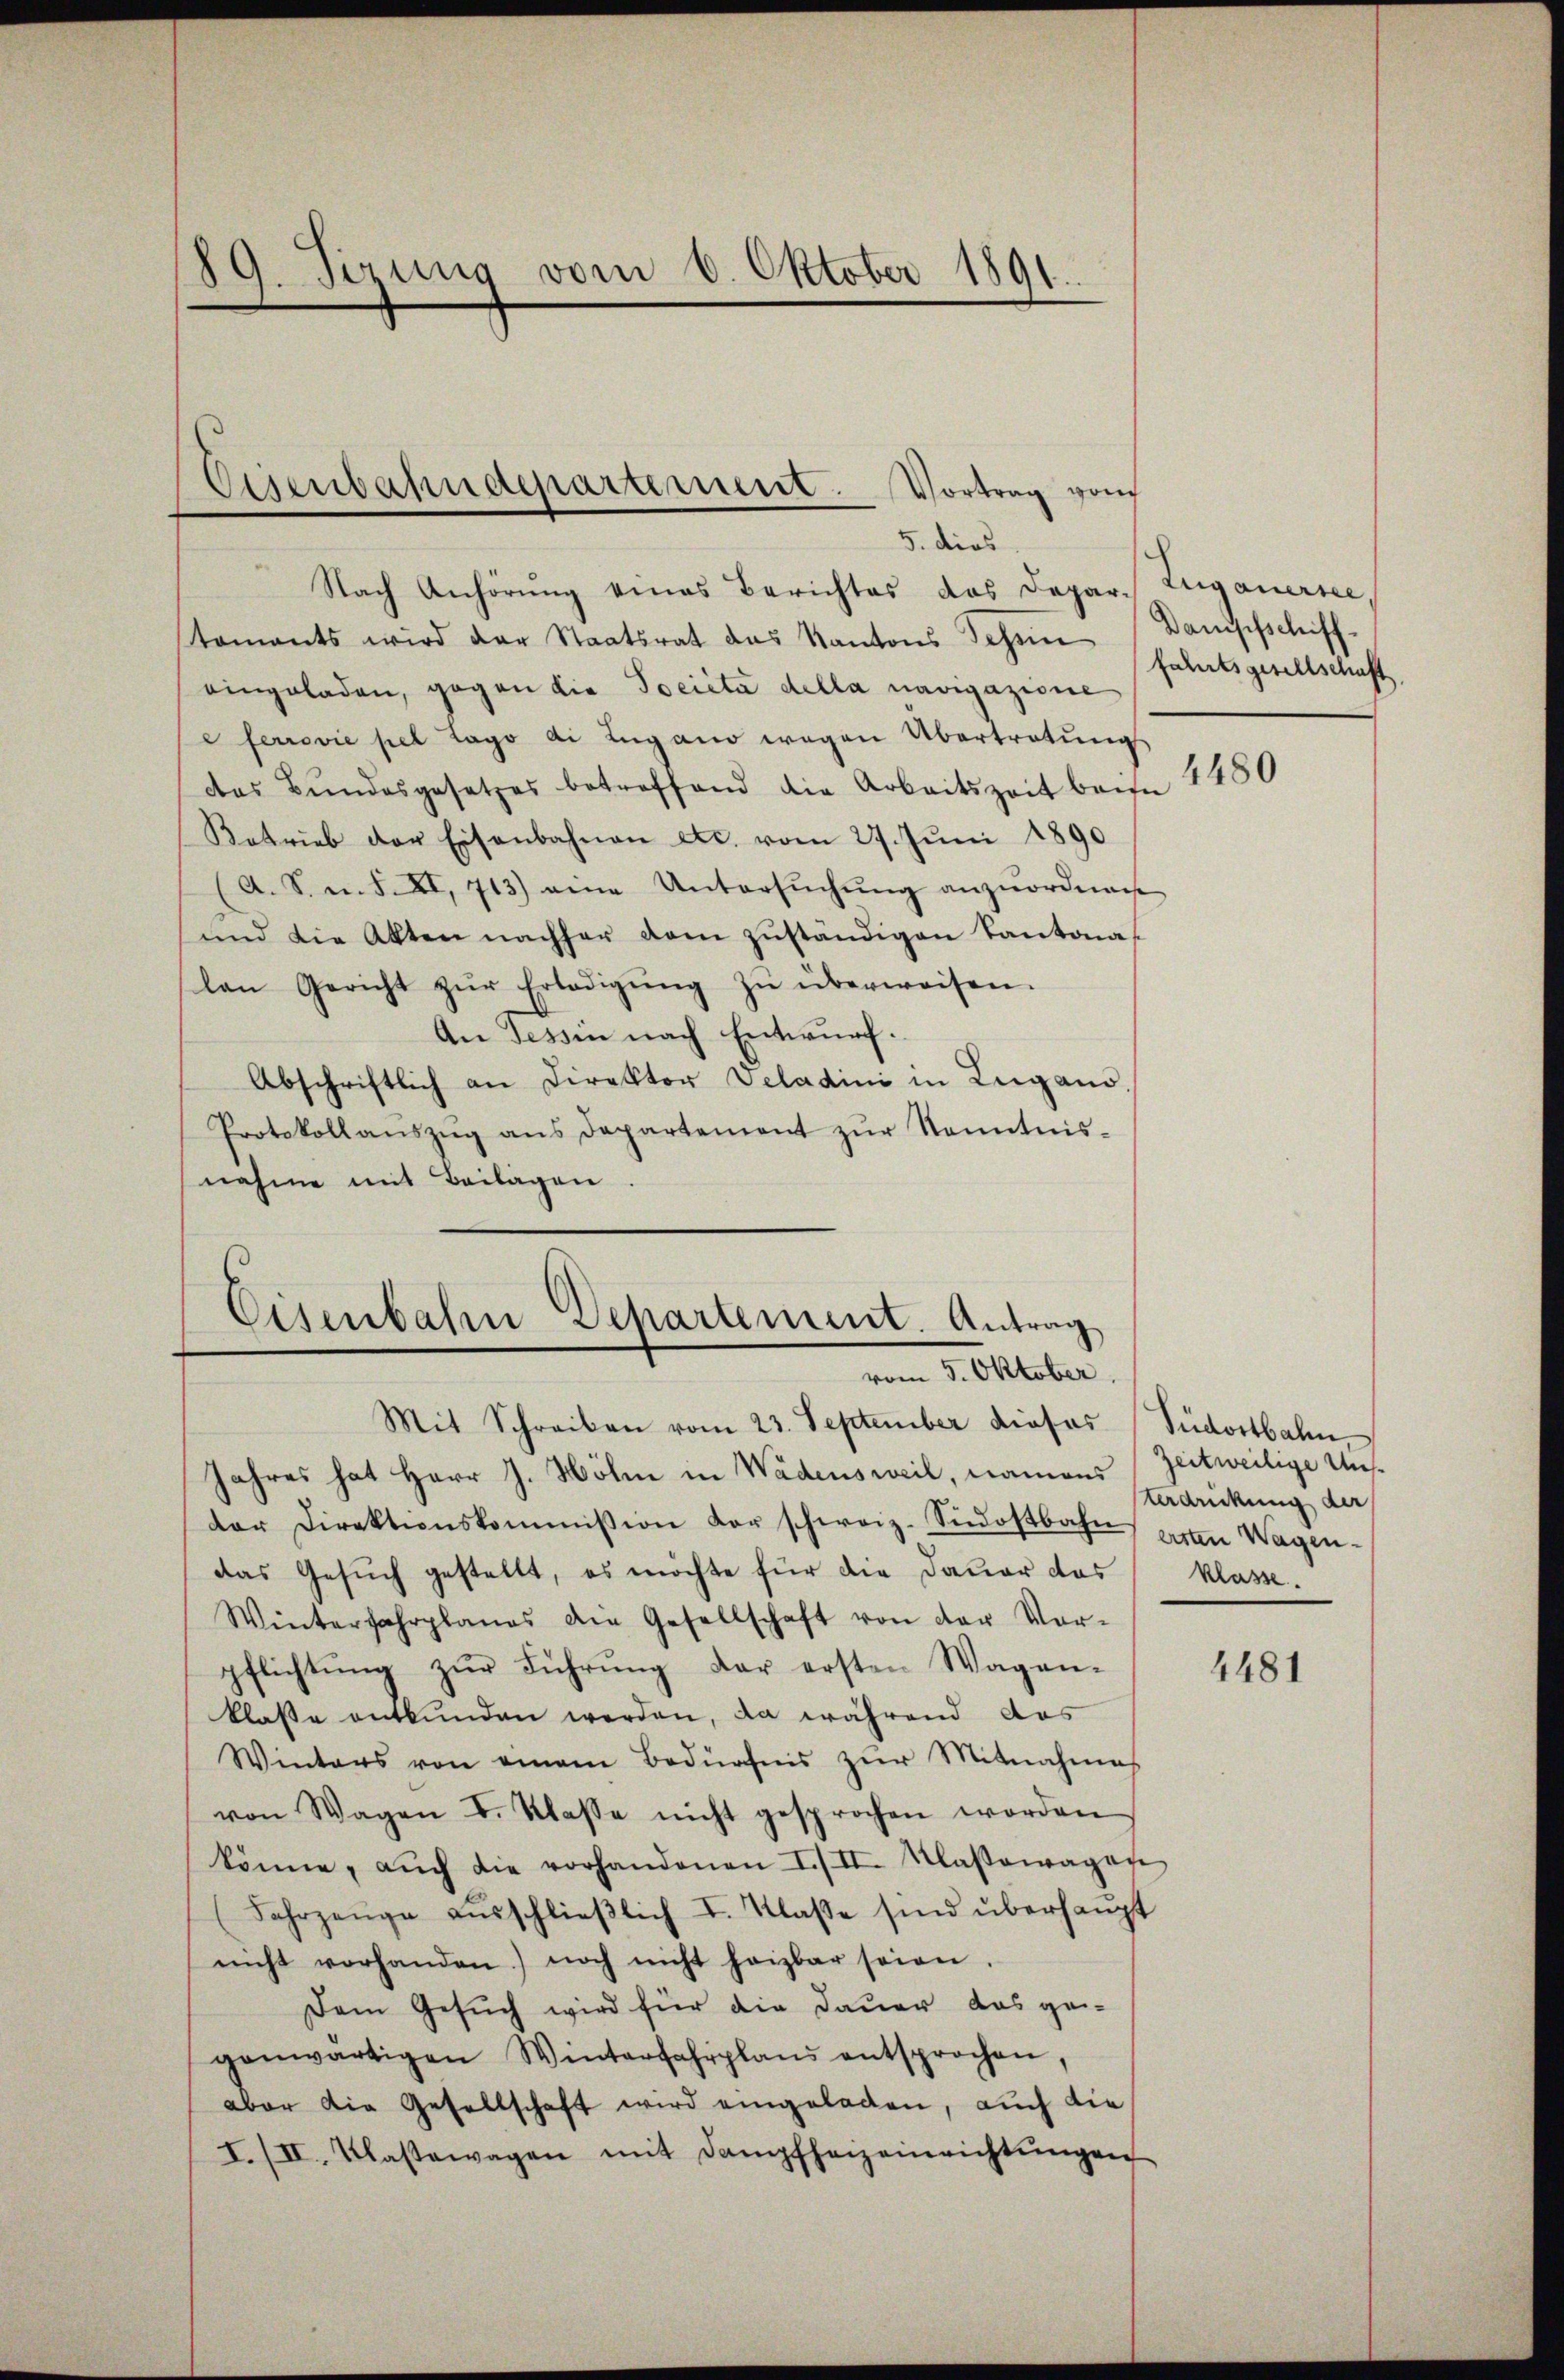
89. Sizung vom 8. Oktober 1891.

Nach Anhörung eines Berichtes das Depar- Zuganersee,
taments wird der Staatsrat des Kantons Tessin (Dampfschiff-
eingeladen, gegen die Societa della navigazione
ferrović pel Lago di Lugano wegen Übertretŭng
das Bŭndesgesetzes betreffend die Arbeitszeit beisee
Ketrieb der Eisenbahnen etc. vom 27. Jŭni 1890
(A. S. m. S. XI. 713) eine Untersŭchŭng anzŭordnen
und die Akten nachher dem zuständigen Kantonas
lan Gericht zŭr Erledigŭng zŭ überweisen.
An Tessin nach Entwurf.
Abschriftlich an Direktor Veladini in Lugano,
Protokoll aŭszŭg ans Departement zŭr Kenntnis-
nahme mit Beilagen.

Eisenbahndepartement. Vortrag von
5. dies

Eisenbahren Departement. Antrag
vom 5. Oktober.

Mit Schreiben vom 23. September dieses Südostbahn,
Jahres hat Herr J. Höhn in Wädensweil, namens Zeitweilige Unsder Direktionskommission der schweiz. Südostbahn arten Wagen.
das Gesuch gestellt, es möchte für die Dauer das
Winterfahrplanes die Gesellschaft von der Vor-
pflichtŭng zŭr Führŭng der ersten Wagen-
klasse entbunden werden, da während das
Winters von einem Bedürfnis zŭr Mitnahmes
von Wagen I. Klasse nicht gesprochen worden
könne, aŭch die vorhandenen I./II. Klassowagan
(Fahrzeŭge aŭsschlieβlich I. Klasse sind überhaupt
nicht vorhanden) noch nicht heizbar seien
Dem Gesuch wird für die Dauer das gegenwärtigen Winterfahrpland entsprochen,
aber die Gesellschaft wird eingeladen, auch die
I. III. Klasewagen mit Dampfheizeinrichtŭngen

fahrtsgesellschaft

4480

Verdrückung der
klasse.

4481